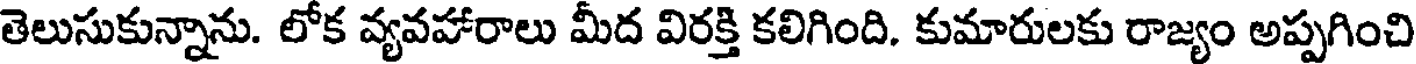
తెలుసుకున్నాను. లోక వ్యవహారాలు మీద విరక్తి కలిగింది. కుమారులకు రాజ్యం అప్పగించి